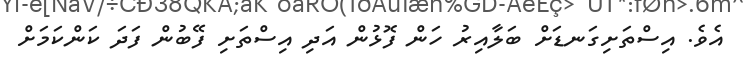
އެވެ. އިސްތަށިގަނޑަށް ބަލާއިރު ހަން ފޮޅުން އަދި އިސްތަށި ފޭބުން ފަދަ ކަންކަމަށް